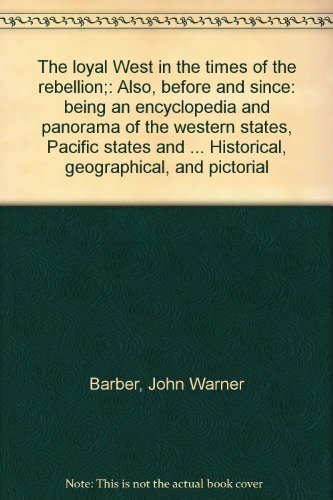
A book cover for The loyal West in the times of the rebellion;: Also, before and since: being an encyclopedia and panorama of the western states, Pacific states and ... Historical, geographical, and pictorial; John Warner Barber; Travel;